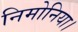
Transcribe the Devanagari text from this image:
निमोनिया।